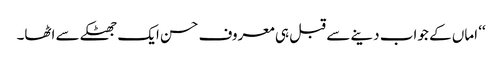
‘‘ اماں کے جواب دینے سے قبل ہی معروف حسن ایک جھٹکے سے اٹھا۔